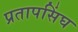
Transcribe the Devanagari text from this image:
प्रतापसिंघ